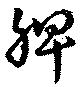
脾